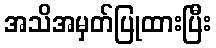
အသိအမှတ်ပြုထားပြီး